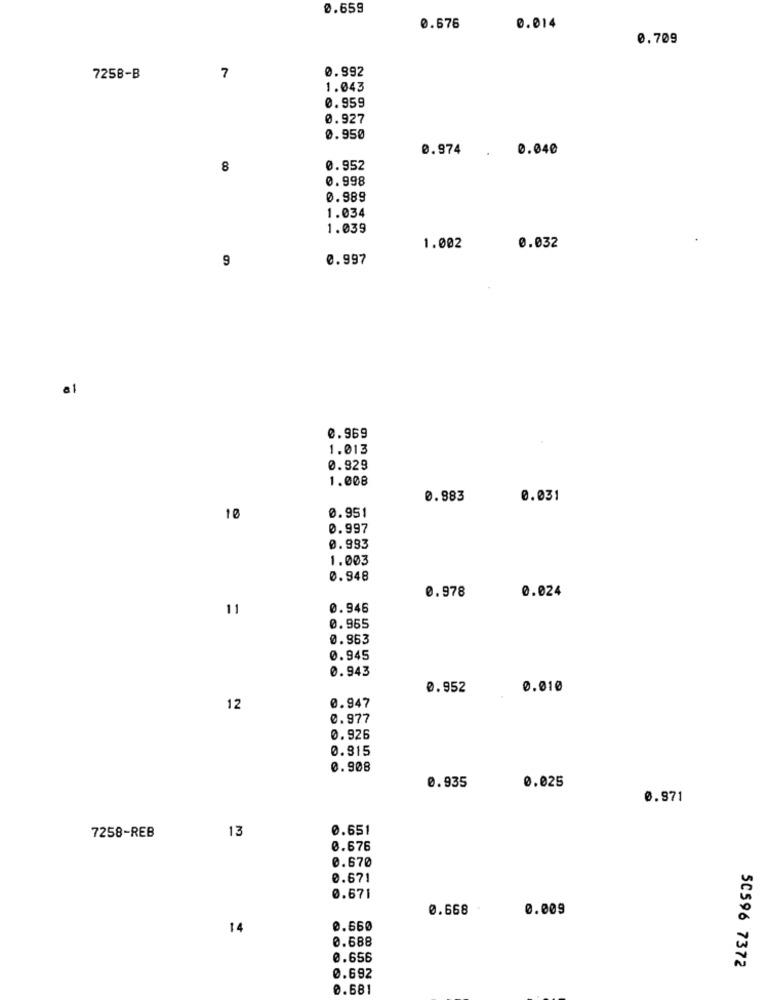
0.659
0.676
0.014
0.709
0.992
7258-B
7
1.043
0.959
0.927
0.950
0.974
. 0.040
8
0.952
0.998
0.989
1.034
1.039
1.002
0.032
9
0.997
0.969
1.013
0.929
1.008
0.983
0.031
0.951
10
0.997
0.993
1.003
0.948
0.978
0.024
11
0.946
0.955
0.963
0.945
0.943
0.952
0.010
12
0.947
0.977
0.926
0.915
0.908
0.935
0.025
0.971
13
0.65
7258-REB
0.676
0.670
0.67
0.671
0.668
0.009
14
0.660
0.688
0.656
50596 7372
0.692
0.681